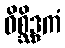
ဝိစ္ဆိဒ္ဒကံ